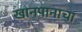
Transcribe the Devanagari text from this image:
खानपानाचा